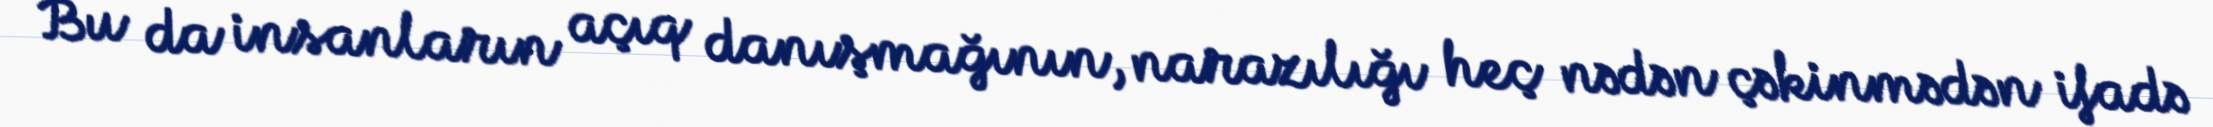
Bu da insanların açıq danışmağının, narazılığı heç nədən çəkinmədən ifadə